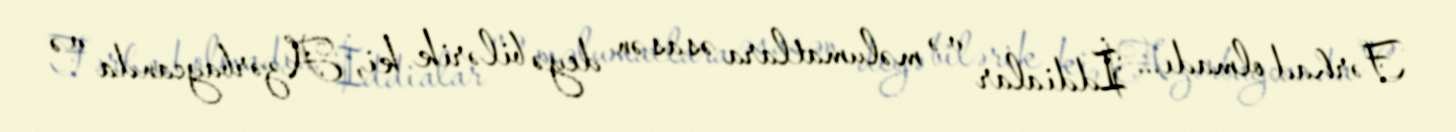
Fərhad olmadı... İddialar və məlumatlara əsasən deyə bilərik ki, Azərbaycanda və